Insane asylums in Bengal annual reports 1867-1875 - 1867-1875
Year: 1867
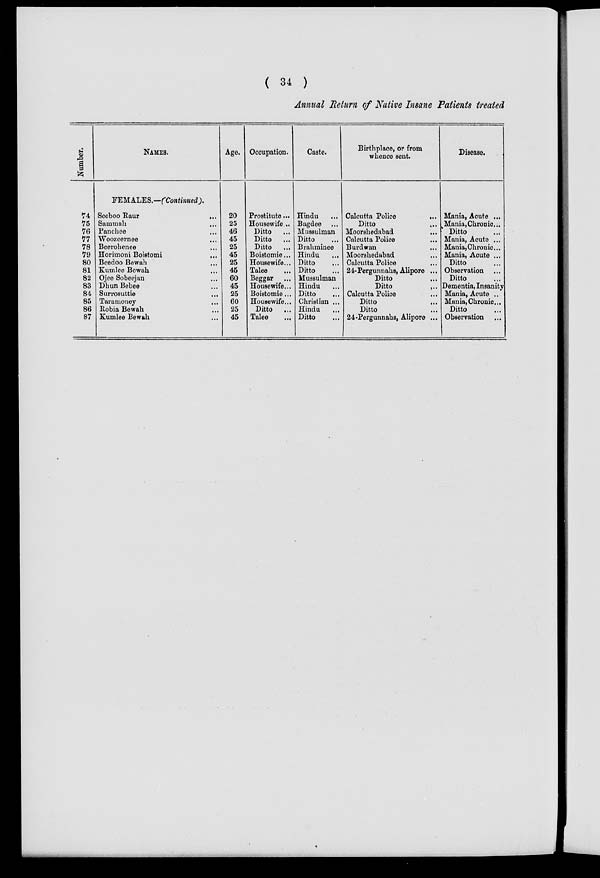
( 34 )
Annual Return of Native Insane Patients treated
Number.
74
75
76
77
78
79
80
81
82
83
84
85
86
87
NAMES.
FEMALES.—(Continued),
Seeboo Raur
...
Sammah ...
Panchee ...
Woozeernee ...
Beerohenee ...
Horirnoni Boistomi
...
Beedoo Bewah ...
Kumlee Bewah ...
Ojee Sobeejan ...
Dhun Bebee ...
Surrosuttie ...
Taramoney ...
Robia Bewah ...
Kumlee Bewah ...
Age.
20
25
46
45
25
45
25
45
60
45
25
60
25
45
Occupation.
Prostitute...
Housewife...
Ditto
...
Ditto
...
Ditto
...
Boistomie...
Housewife...
Talee ...
Beggar ...
Housewife...
Boistomie...
Housewife...
Ditto
...
Talee
...
Caste.
Hindu ...
Bagdee ...
Mussulman
Ditto ...
Brahminee
Hindu
...
Ditto ...
Ditto ...
Mussulman
Hindu ...
Ditto ...
Christian ...
Hindu ...
Ditto ...
Birthplace, or from
whence sent.
Calcutta Police
...
Ditto ...
Moorshedabad ...
Calcutta Police ...
Burdwan ...
Moorshedabad ...
Calcutta Police ...
24- Pergunnahs, Alipore ...
Ditto
Ditto
...
Calcutta Police ...
Ditto ...
Ditto ...
24-Pergunnahs, Alipore ...
Disease.
Mania, Acute ...
Mania, Chronic...
Ditto ...
Mania, Acute ...
Mania, Chronic...
Mania, Acute ...
Ditto ...
Observation ...
Ditto ...
Dementia, Insanity
Mania, Acute ..
Mania, Chronic...
Ditto ...
Observation ...